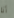
أنا